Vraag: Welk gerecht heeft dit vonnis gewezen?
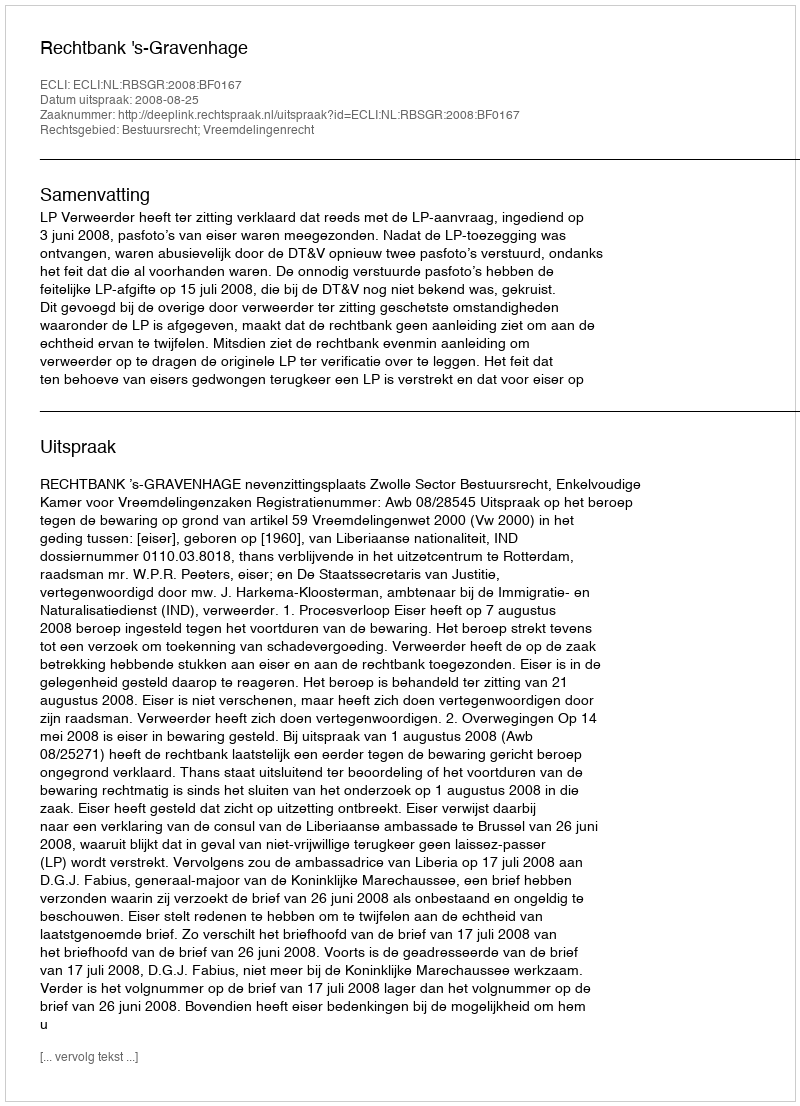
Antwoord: Rechtbank 's-Gravenhage